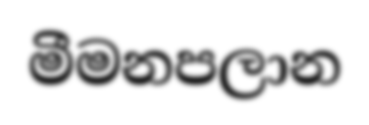
මීමනපලාන